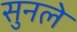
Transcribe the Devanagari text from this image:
सुनले